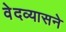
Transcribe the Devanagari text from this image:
वेदव्यासने